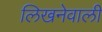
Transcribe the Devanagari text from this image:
लिखनेवाली